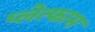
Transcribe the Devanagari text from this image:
प्लेत्फाम